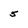
Character: 5